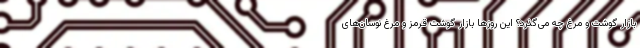
بازار گوشت و مرغ چه می‌گذرد؟ این روزها بازار گوشت قرمز و مرغ نوسان‌های